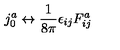
j _ { 0 } ^ { a } \leftrightarrow \frac { 1 } { 8 \pi } \epsilon _ { i j } F _ { i j } ^ { a }